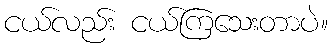
ငယ်လည်း ငယ်ကြသေးတာပဲ။